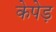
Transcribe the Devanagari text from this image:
केपेड़